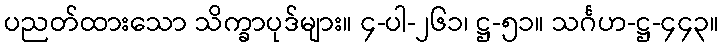
ပညတ်ထားသော သိက္ခာပုဒ်များ။ ၄-ပါ-၂၆၁၊ ဋ္ဌ-၅၁။ သင်္ဂဟ-ဋ္ဌ-၄၄၃။